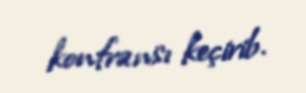
konfransı keçirib.